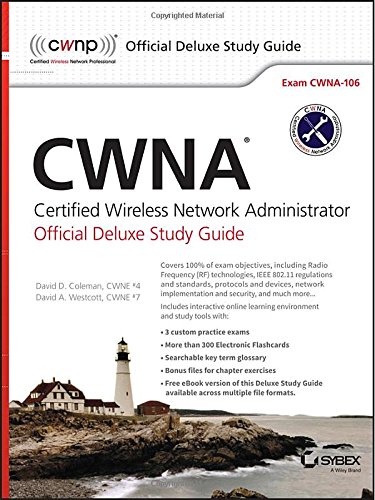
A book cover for CWNA Certified Wireless Network Administrator Official Deluxe Study Guide: Exam CWNA-106; David D. Coleman; Computers & Technology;